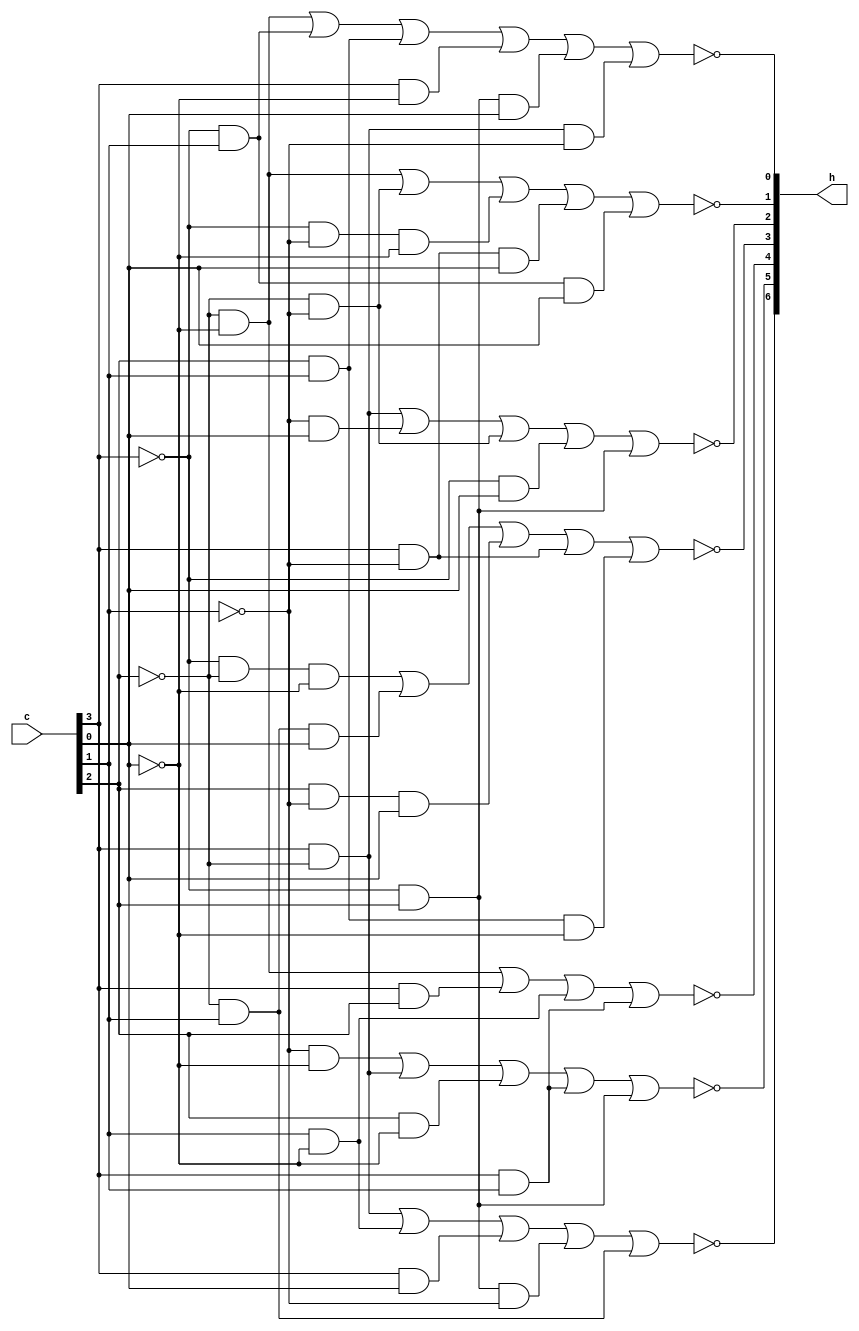
module hexdecoder (c,h);
        input[3:0] c;
        output[6:0] h;
        wire h0,h1,h2,h3,h4,h5,h6;
        wire c3,c2,c1,c0;

        assign c0 = c[0];
        assign c1 = c[1];
        assign c2 = c[2];
        assign c3 = c[3];
        assign h0 = !(~c2&~c0 | ~c3&c1 | c2&c1 | c3&~c0 | ~c3&c2&c0 | c3&~c2&~c1);
        assign h1 = !(~c2&~c0 | ~c2&~c1 | ~c3&~c1&~c0 | c3&~c1&c0 | ~c3&c1&c0);
        assign h2 = !(c3&~c2 | ~c1&c0 | ~c2&~c1 | ~c3&c0 | ~c3&c2 );
        assign h3 = !(~c3&~c2&~c0 | ~c2&c1&c0 | c2&~c1&c0 | c3&~c1 | c2&c1&~c0);
        assign h4 = !(~c2&~c0 | c3&c2 | c1&~c0 | c3&c1);
        assign h5 = !(~c1&~c0 | c3&~c2 | c2&~c0 | c3&c1 | ~c3&c2);
        assign h6 = !(c3&~c2 | c1&~c0 | c3&c0 | ~c3&c2&~c1 | ~c2&c1);

        assign h = {h6,h5,h4,h3,h2,h1,h0};

endmodule